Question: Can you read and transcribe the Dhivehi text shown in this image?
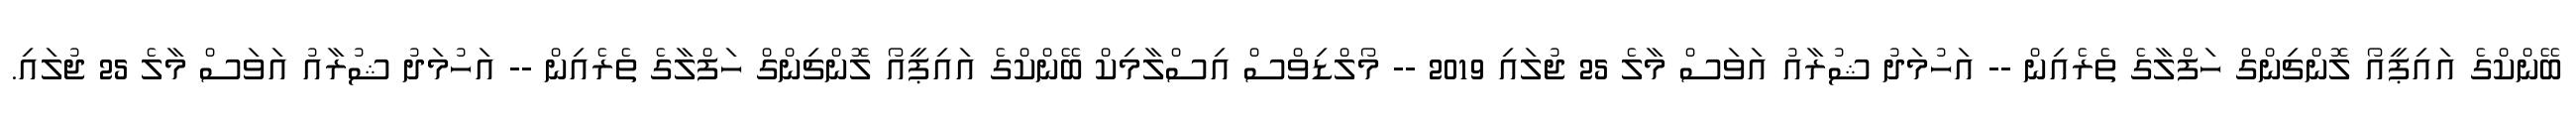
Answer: ބޭންކްގެ އައިޕީއޯ ލޮންޗިންގް ހަފްލާގެ ތެރެއިން -- އަހުމަދު ޝުރާއު އަވަސް މާލެ 25 ޖުލައި 2019 -- މޯލްޑިވްސް އިސްލާމިކް ބޭންކްގެ އައިޕީއޯ ލޮންޗިންގް ހަފްލާގެ ތެރެއިން -- އަހުމަދު ޝުރާއު އަވަސް މާލެ 25 ޖުލައި.